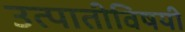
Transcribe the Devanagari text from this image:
उत्पातीविषयी